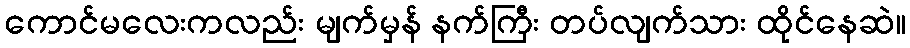
ကောင်မလေးကလည်း မျက်မှန် နက်ကြီး တပ်လျက်သား ထိုင်နေဆဲ။